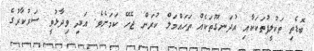
ބޮޑެތި ތަކުލީފުތަކަކާއި އުދަނގޫތަކެއް ތަހައްމަލް ކުރަން ޖެހޭ ކަމަށެވެ. އަދި ވިދާޅުވީ ސަރުކާރުގެ